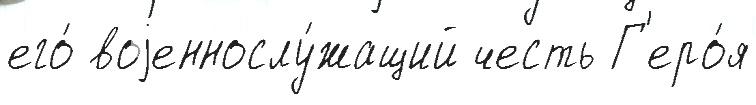
его́ воjеннослу́жащий честь Г'еро́я